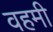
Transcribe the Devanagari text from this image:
वहमी